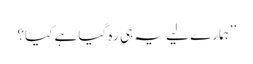
’’ہمارے لیے یہ ہی رہ گیا ہے کیا؟